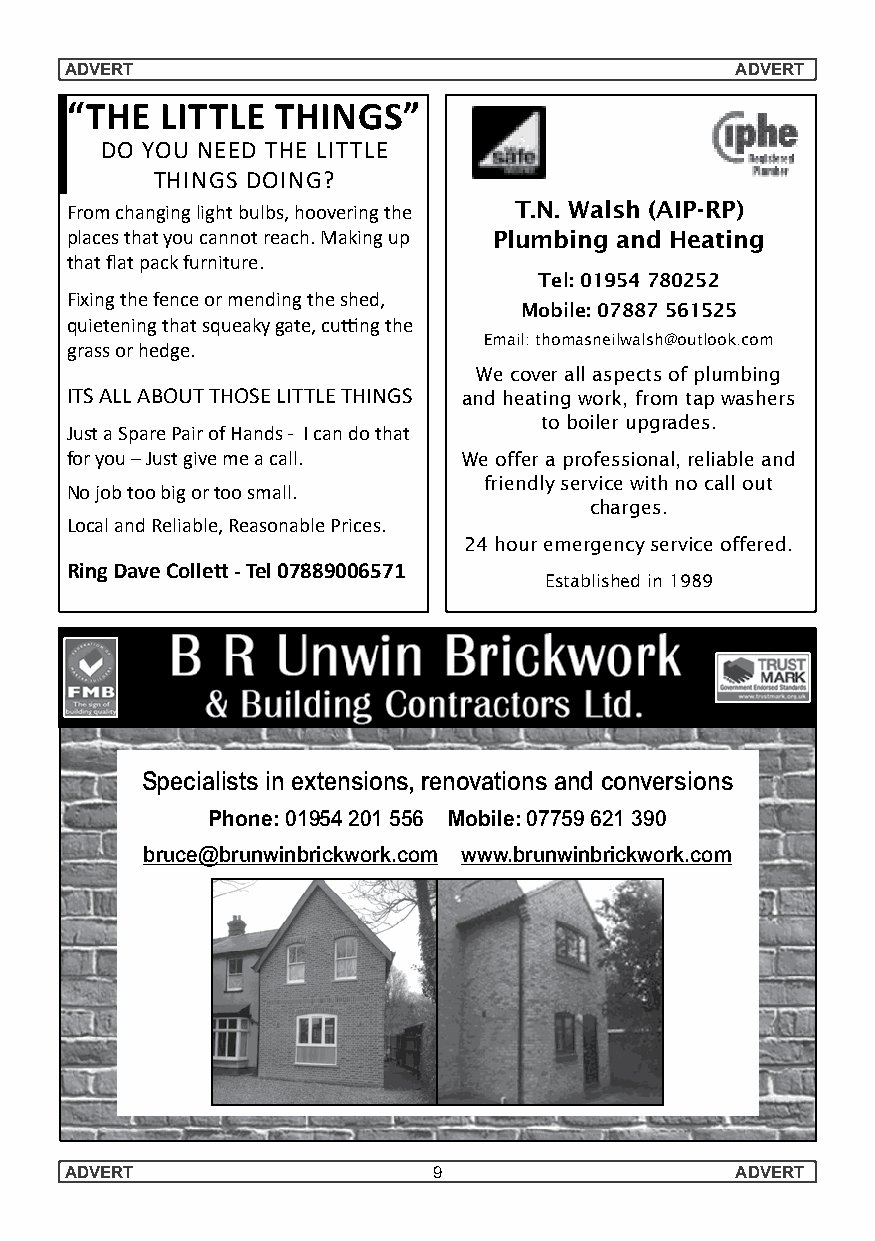
AADDVVEERRTT                                AADDVVEERRTT
 GUITAR/UKULELE      &      CAMBRIDGE   WATER  &
 “THE   LITTLE THINGS”
 PIANO   LESSONS            GARDEN   FEATURE
 DO YOU NEED THE LITTLE         SERVICES
 THINGS DOING?
 Fromchanginglightbulbs,hooveringthe WeT s.Nel.l/Winastlaslhl/c(lAeaInP/-rRePp)air all
 placesthatyoucannotreach.Makingup Plumbwinagtera nfedatHureeas.ting
 thatflLaetaprna chkofwur tnoit pulraey. any of these
 instruments in just a few easy lessons. LaT re gl e: 0 s1 el9 e5 c4 tio7 n8 0 o2 f 5 q2 uality
 Fixingthefenceormendingtheshed,
 Mobile: 07887 561525
 quiAetLeLn insgttyhaLtessq uceaAktyegartee,dcu �fongrthe water features/garden furniture/
 grass(forrohme dBgaech. to Boogie, country to
 Empalail:nttheormsa/psnaetiilow ahlseha@toeurtslo aokn.dco lmots
 classical/rock/Pop & Blues) Wemcoorvee froarl lsaaslep eacltls aot f4p0l%um bbeinlogw
 ITS eA xLL PA eB rO iU eT nT cH eO dSE tL eIT ATL cE hTH eI rNGS andheatginagrdweonr kc,efnrtorme ptaripcewsa.shers
 toboilerupgrades.
 Ju(MsteamSbpear roef Pthaeir roefgHisatrnyd osf- GIuciatanr dtouttohrsa)t
 OAP Discounts
 foryou–Justgivemeacall.    Weofferaprofessional,reliableand
 Contact Helen on:
 friendlyservicewithnocallout
 Nojobtoobigortoosmall.
 See our Web site for more information
 07798 526084                 charges.
 LocalandReliable,ReasonablePrices. or call 0792 6521135
 24houremergencyserviceoffered.
 or visit www.guitarlessons-cambridge.co.uk
 www.cambridgewaterandgardenservices.co.uk
 RingDaveColle�-Tel07889006571
 Establishedin1989
 Specialists in extensions, renovations and conversions
 Phone: 01954 201 556 Mobile: 07759 621 390
 bruce@brunwinbrickwork.com www.brunwinbrickwork.com
 2AA0DDVVEERRTT          1F99EN – Issue No. 92 – Spring/SummAADeDVrV EE2RR0T1T5